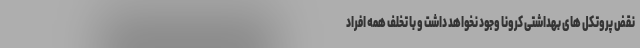
نقض پروتکل های بهداشتی کرونا وجود نخواهد داشت و با تخلف همه افراد